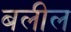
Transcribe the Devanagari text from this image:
बलील